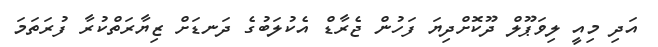
އަދި މިއީ ލިވަޕޫލް ދޫކޮށްދިޔަ ފަހުން ޖެރާޑް އެކުލަބުގެ ދަނޑަށް ޒިޔާރަތްކުރާ ފުރަތަމަ